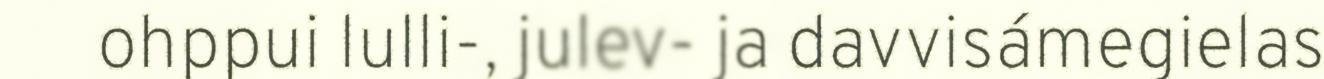
ohppui lulli-, julev- ja davvisámegielas